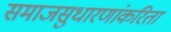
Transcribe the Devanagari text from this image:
समाजसुधारणांकरिता